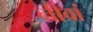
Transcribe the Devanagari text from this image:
नीवां